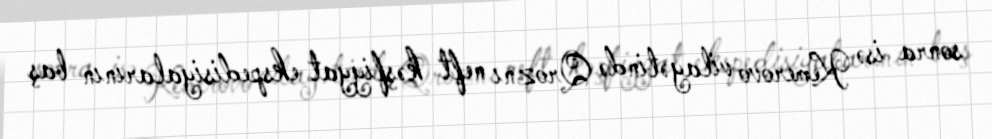
sonra isə Kemerovo vilayətində Qroznı neft kəşfiyyat ekspedisiyalarının baş